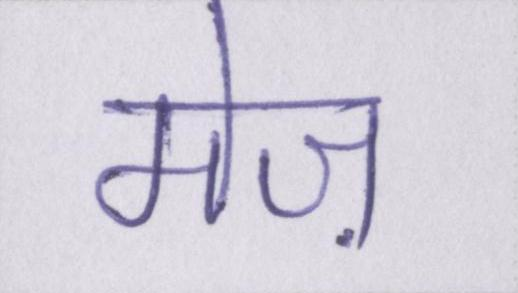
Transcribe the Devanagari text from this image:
मेज़